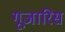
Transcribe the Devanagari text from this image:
गूजारिस